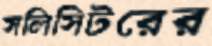
সলিসিটরের